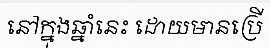
នៅក្នុងឆ្នាំនេះ ដោយមានប្រើ